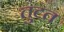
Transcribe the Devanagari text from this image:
तुटत